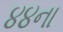
૪૪ના